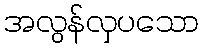
အလွန်လှပသော